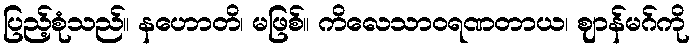
ပြည့်စုံသည်။ နဟောတိ၊ မဖြစ်။ ကိလေသာဝရဏတာယ၊ ဈာန်မဂ်ကို